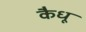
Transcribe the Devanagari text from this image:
कैधू